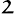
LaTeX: \mathfrak{2}